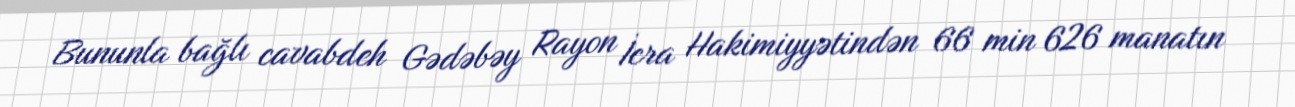
Bununla bağlı cavabdeh Gədəbəy Rayon İcra Hakimiyyətindən 66 min 626 manatın